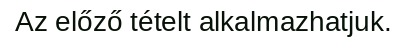
Az előző tételt alkalmazhatjuk.